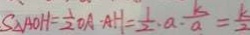
S _ { \Delta } A O H = \frac { 1 } { 2 } O A - A H = \frac { 1 } { 2 } \cdot a \cdot \frac { k } { a } = \frac { k } { 2 }